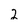
Character: 2